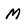
Character: M